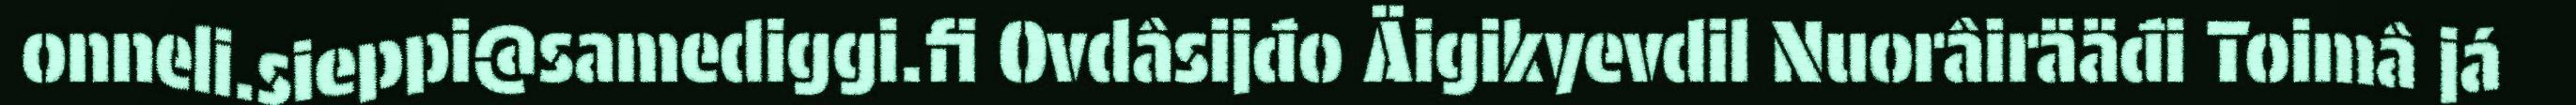
onneli.sieppi@samediggi.fi Ovdâsijđo Äigikyevdil Nuorâirääđi Toimâ já